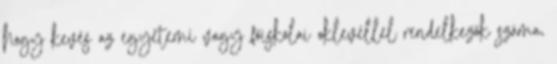
hogy kevés az egyetemi vagy főiskolai oklevéllel rendelkezők száma,